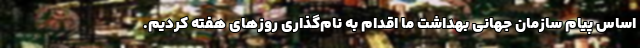
اساس پیام سازمان جهانی بهداشت ما اقدام به نام‌گذاری روزهای هفته کردیم.